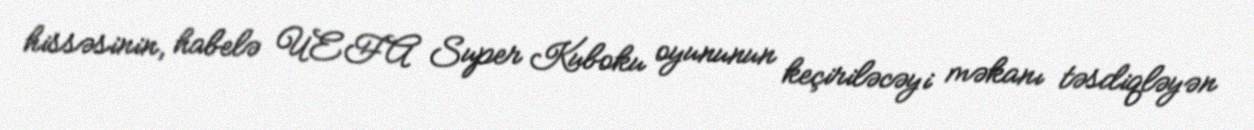
hissəsinin, habelə UEFA Super Kuboku oyununun keçiriləcəyi məkanı təsdiqləyən